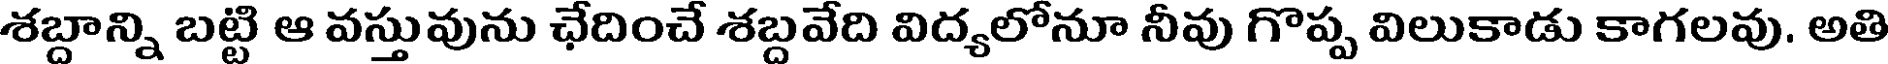
శబ్దాన్ని బట్టి ఆ వస్తువును ఛేదించే శబ్దవేది విద్యలోనూ నీవు గొప్ప విలుకాడు కాగలవు. అతి